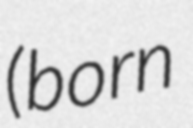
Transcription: (born